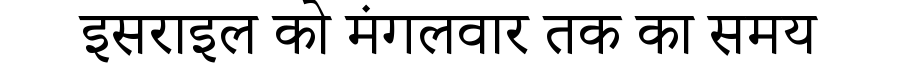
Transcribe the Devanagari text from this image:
इसराइल को मंगलवार तक का समय